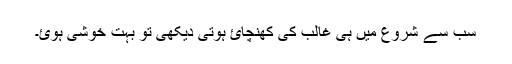
سب سے شروع میں ہی غالب کی کھنچائ ہوتی دیکھی تو بہت خوشی ہوئ۔